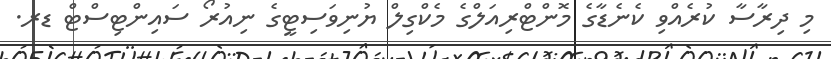
މި ދިރާސާ ކުރެއްވި ކެނެޑާގެ މޮންޓްރިއަލްގެ މެކްގިލް ޔުނިވަސިޓީގެ ނިއުރޯ ސައިންޓިސްޓް ޑރ.